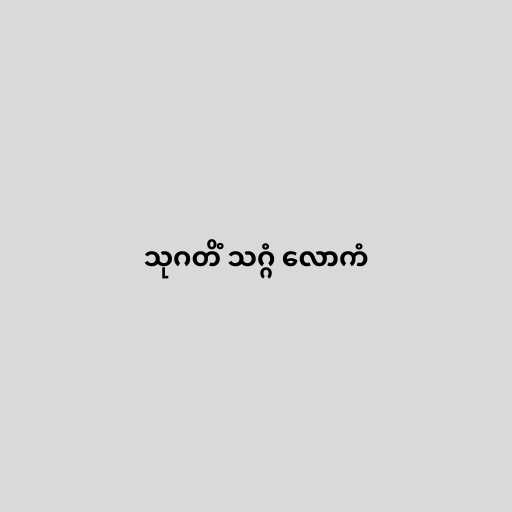
သုဂတိံ သဂ္ဂံ လောကံ